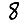
Digit: 8